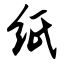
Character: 纸